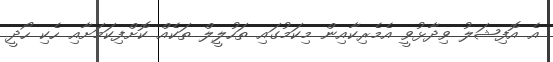
އެ އޮފިޝަލު ވިދާޅުވީ އެމެރިކާއިން މިކަމުގައި ތަހުލީލް ތަކެއް ކޮށްފިކަމަށާއި ހެކި ހޯދީ